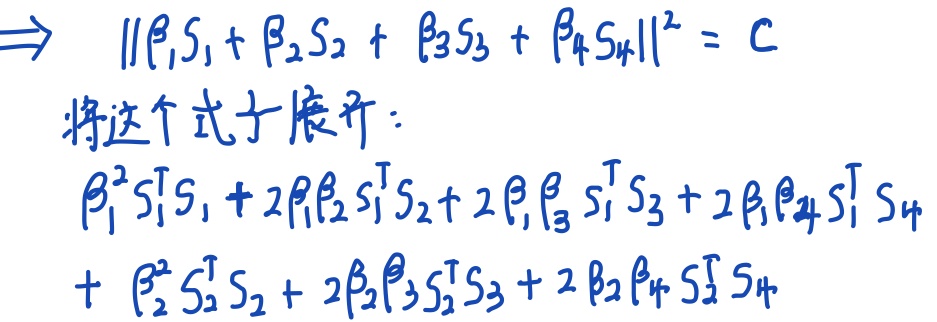
\(\Rightarrow \ \|\beta_{1}S_{1} + \beta_{2}S_{2} + \beta_{3}S_{3} + \beta_{4}S_{4}\|^{2}=C\)
将这个式子展开：
\(\begin{align*}
&\beta_{1}^{2}S_{1}^{\mathrm{T}}S_{1}+2\beta_{1}\beta_{2}S_{1}^{\mathrm{T}}S_{2}+2\beta_{1}\beta_{3}S_{1}^{\mathrm{T}}S_{3}+2\beta_{1}\beta_{4}S_{1}^{\mathrm{T}}S_{4}\\
+&\beta_{2}^{2}S_{2}^{\mathrm{T}}S_{2}+2\beta_{2}\beta_{3}S_{2}^{\mathrm{T}}S_{3}+2\beta_{2}\beta_{4}S_{2}^{\mathrm{T}}S_{4}
\end{align*}\)